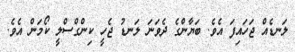
ލަނޑެއް ޖަހައިފަ އެވެ. ބަޔާންގެ ދެވަނަ ލަނޑު ޖެހީ ކިންގްސްލީ ކޯމަން އެވެ.